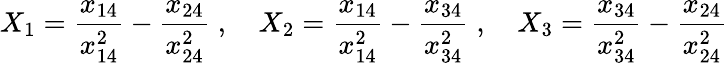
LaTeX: X_{1}={\frac{x_{14}}{x_{14}^{2}}}-{\frac{x_{24}}{x_{24}^{2}}}\; ,\quad X_{2}={\frac{x_{14}}{x_{14}^{2}}}-{\frac{x_{34}}{x_{34}^{2}}}\; ,\quad X_{3}={\frac{x_{34}}{x_{34}^{2}}}-{\frac{x_{24}}{x_{24}^{2}}}